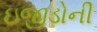
ઇજીડોની